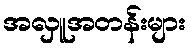
အလှူအတန်းများ